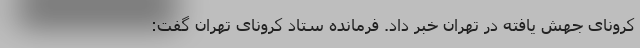
کرونای جهش یافته در تهران خبر داد. فرمانده ستاد کرونای تهران گفت: